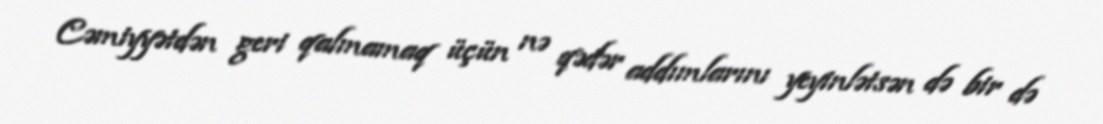
Cəmiyyətdən geri qalmamaq üçün nə qədər addımlarını yeyinlətsən də bir də